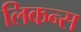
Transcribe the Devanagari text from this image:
लिकन्स